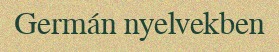
Germán nyelvekben